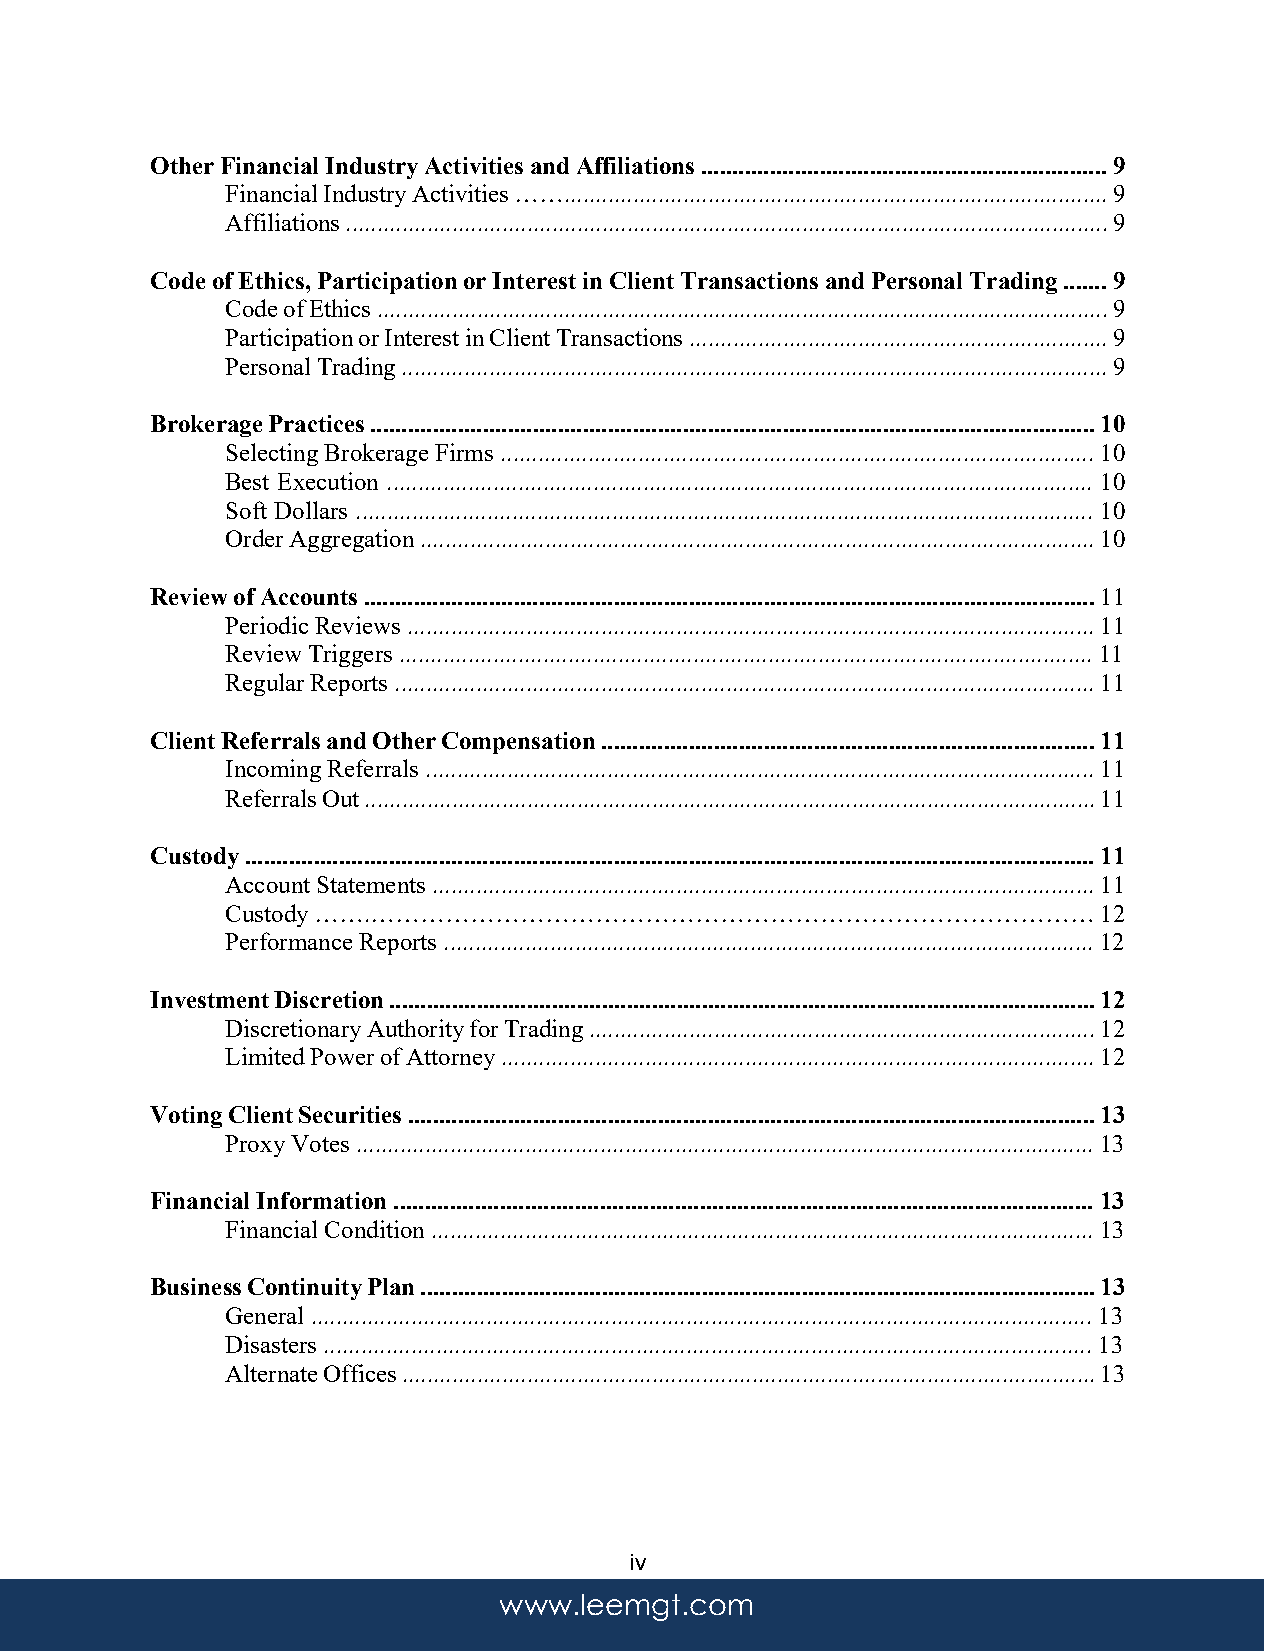
Other Financial Industry Activities and Affiliations ................................................................. 9
 Financial Industry Activities ……....................................................................................... 9
 Affiliations .......................................................................................................................... 9
 Code of Ethics, Participation or Interest in Client Transactions and Personal Trading ....... 9
 Code of Ethics ..................................................................................................................... 9
 Participation or Interest in Client Transactions ................................................................... 9
 Personal Trading ................................................................................................................. 9
 Brokerage Practices .................................................................................................................... 10
 Selecting Brokerage Firms ............................................................................................... 10
 Best Execution ................................................................................................................. 10
 Soft Dollars ...................................................................................................................... 10
 Order Aggregation ............................................................................................................ 10
 Review of Accounts ..................................................................................................................... 11
 Periodic Reviews .............................................................................................................. 11
 Review Triggers ............................................................................................................... 11
 Regular Reports ................................................................................................................ 11
 Client Referrals and Other Compensation ............................................................................... 11
 Incoming Referrals ........................................................................................................... 11
 Referrals Out ..................................................................................................................... 11
 Custody ........................................................................................................................................ 11
 Account Statements .......................................................................................................... 11
 Custody …….……………………………………………………………………………                  12
 Performance Reports ........................................................................................................ 12
 Investment Discretion ................................................................................................................. 12
 Discretionary Authority for Trading ................................................................................. 12
 Limited Power of Attorney ............................................................................................... 12
 Voting Client Securities .............................................................................................................. 13
 Proxy Votes ...................................................................................................................... 13
 Financial Information ................................................................................................................ 13
 Financial Condition .......................................................................................................... 13
 Business Continuity Plan ............................................................................................................ 13
 General ............................................................................................................................. 13
 Disasters ........................................................................................................................... 13
 Alternate Offices ............................................................................................................... 13
 iv
 www.leemgt.com